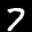
Label: 7